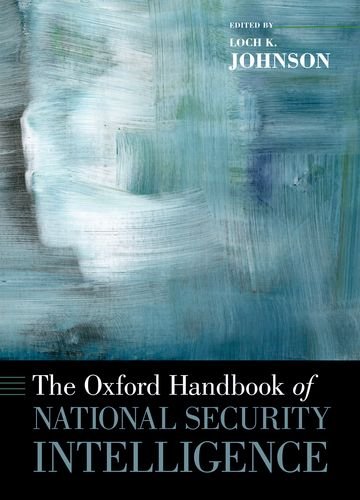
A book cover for The Oxford Handbook of National Security Intelligence (Oxford Handbooks); Biographies & Memoirs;